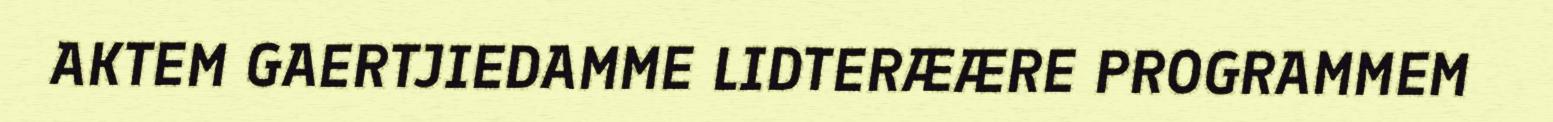
AKTEM GAERTJIEDAMME LIDTERÆÆRE PROGRAMMEM